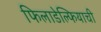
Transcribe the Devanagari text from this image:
फिलाडेल्फियाची